Medical and sanitary report of the native army of Madras for the year
Year: 1872
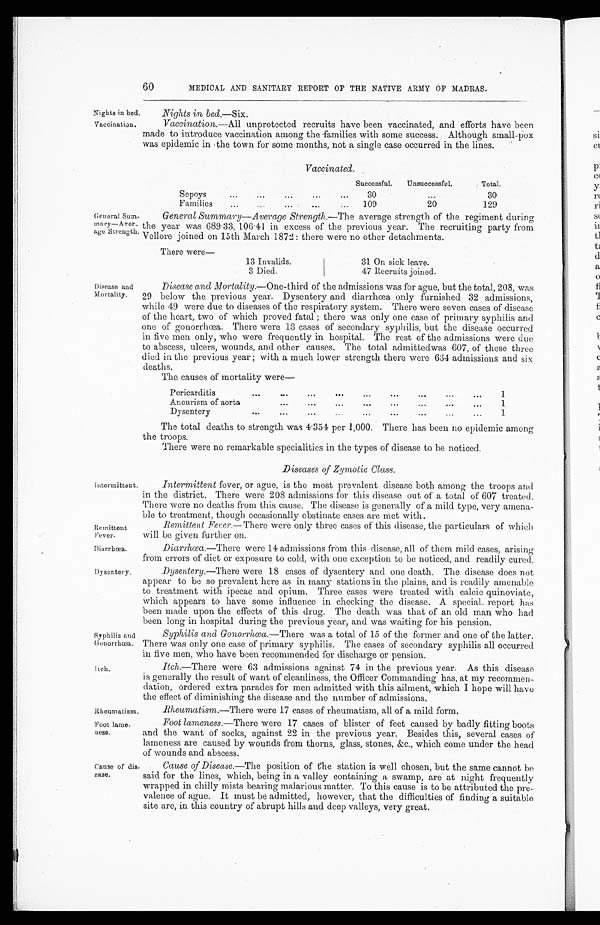
Remittent
Fever.
Diarrhoea.
Dysentery.
Syphilis and
Gonorrhœa.
Itch.
60
MEDICAL AND SANITARY REPORT OF THE NATIVE ARMY OF MADRAS.
Nights in bed
Vaccination.
Nights in bed .—Six.
Vaccination.—All unprotected recruits have been vaccinated, and efforts have been
made to introduce vaccination among the families with some success. Although small-pox
was epidemic in the town for some months, not a single case occurred in the lines.
Vaccinated.
Successful.
Unsuccessful.
Total.
.
Sepoys
30
30
Families
20
129
General Sum.
¬ m a r y — A v e r ¬
age Strength.
General Summary—Average Strength .—The average strength of the regiment during
t he year was 689. 33, 106. 41 i n excess of t he previ ous year. The recrui t i ng part y from
Vellore joined on 15th March 1872 : there were no other detachments.
There were
—
13 Invalids
31 On sick leave.
3 Died.
47 Recruits joined.
Disease and
Mortality.
Intermittent.
Disease and M ortaity.—One-third of the admissions was for ague, but the total, 208, was
29 below the previous year. Dysentery and diarrhœa only furnished 32 admissions,
while 49 were due to diseases of the respiratory system. There were seven cases of disease
of the heart, two of which proved fatal ; there was only one case of primary syphilis and
one of gonorrhœa. There were 13 cases of secondary syphilis, but the disease occurred
in five men only, who were frequently in hospital. The rest of the admissions were due
to abscess, ulcers, wounds, and other causes. The total admitted was 607, of these three
died in the previous year ; with a much lower strength there were 634 admissions and six
deaths.
The causes of mortality were
...
Pericarditis
1
Aneurism of aorta
1
...
Dysentery
1
The total deaths to strength was 4.351 per 1,000. There has been no epidemic among
the troops.
There were no remarkable specialities in the types of disease to be noticed.
Diseases of Zymotic Class .
Intermittent fever, or ague, is the most prevalent disease both among the troops and
in the district. There were 208 admissions for this disease out of a total of 607 treated.
There were no deaths from this cause. The disease is generally of a mild type, very amena-
ble to treatment, though occasionally obstinate cases are met with.
Remittent Fever .— There were only three cases of this disease, the particulars of which
will be given further on.
Diarrhœa.—There were 14 admissions from this disease, all of them mild cases, arising
from errors of diet or exposure to cold, with one exception to be noticed, and readily cured.
Dysentery .—There were 18 cases of dysentery and one death. The disease does not
appear to be so prevalent here as in many stations in the plains, and is readily amenable
to treatment with ipecac and opium. Three cases were treated with calcic quinoviate,
which appears to have some influence in checking the disease. A special. report has
been made upon the effects of this drug, The death was that of an old man who had
been long in hospital during the previous year, and was waiting for his pension.
Syphilis and Gonorrhœa .—There was a total of 15 of the former and one of the latter.
There was only one case of primary syphilis. The cases of secondary syphilis all occurred
in five men, who have been recommended for discharge or pension.
Itch .—There were 63 admissions against 74 in the previous year. As this disease
is generally the result of want of cleanliness, the Officer Commanding has, at my recommen-
dation, ordered extra parades for men admitted with this ailment, which I hope will have
the effect of diminishing the disease and the number of admissions.
Rheumatism.
Rheumatism.—There were 17 cases of rheumatism, all of a mild form,
Foot lame
¬ness.
Foot lameness .—There were 17 cases of blister of feet caused by badly fitting boots
and the want of socks, against 22 in the previous year. Besides this, several cases of
lameness are caused by wounds from thorns, glass, stones, &c., which come under the head
of wounds and abscess.
Cause of dis
¬ease.
Cause of Disease .—The position of file station is well chosen, but the same cannot be
said for the lines, which, being in a valley containing a swamp, are at night frequently
wrapped in chilly mists bearing malarious matter. To this cause is to be attributed the pre-
valence of ague. It must be admitted, however, that the difficulties of finding a suitable
site are, in this country of abrupt hills and deep valleys, very great.